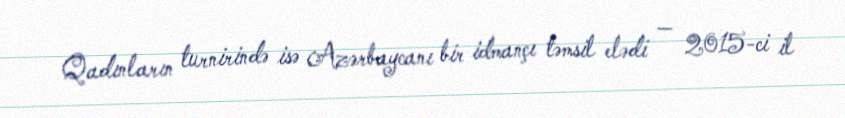
Qadınların turnirində isə Azərbaycanı bir idmançı təmsil elədi — 2015-ci il